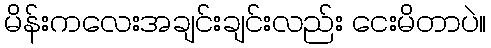
မိန်းကလေးအချင်းချင်းလည်း ငေးမိတာပဲ။